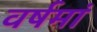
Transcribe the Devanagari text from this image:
वर्षमां